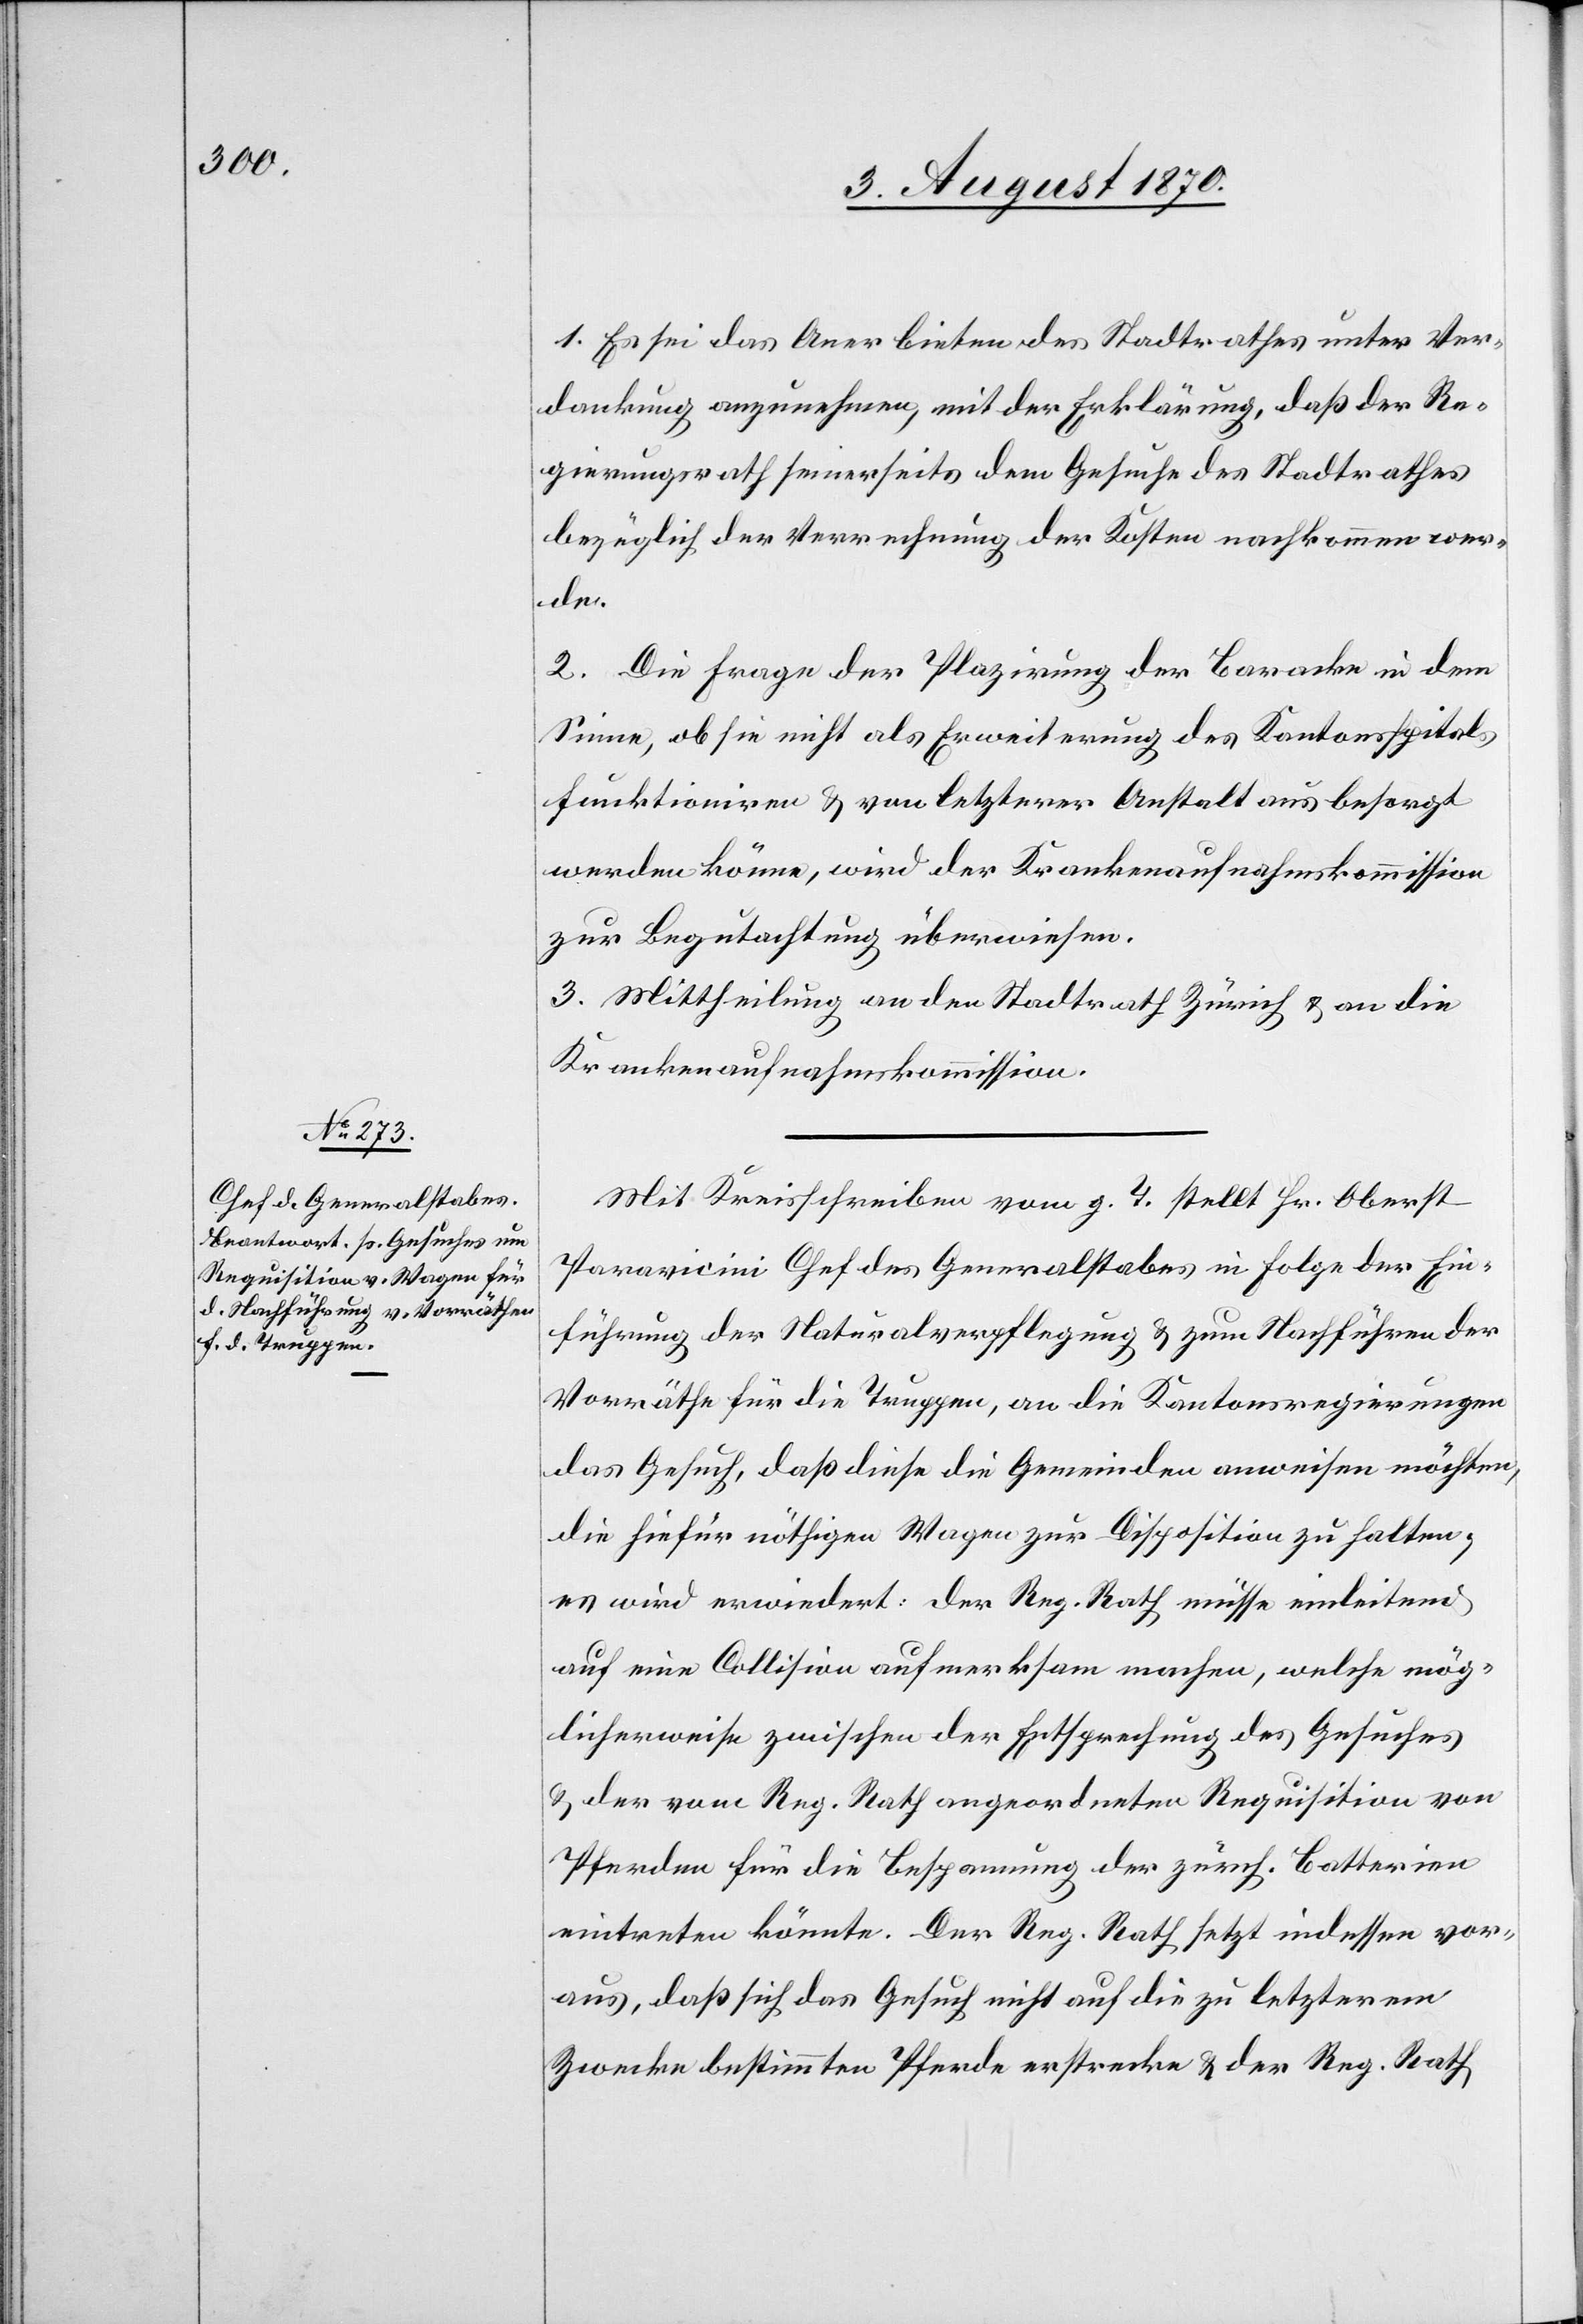
1. Es sei das Anerbieten des Stadtrathes unter Ver¬
dankung anzunehmen, mit der Erklärung, daß der Re¬
gierungsrath seinerseits dem Gesuche des Stadtrathes
bezüglich der Verrechnung der Kosten nachkommen wer¬
de.
2. Die Frage der Plazirung der Baracke in dem
Sinne, ob sie nicht als Erweiterung des Kantonsspitals
funktionieren & von letzterer Anstalt aus besorgt
werden könne, wird der Krankenaufnahmskommission
zur Begutachtung überwiesen.
3. Mittheilung an den Stadtrath Zürich & an die
Krankenaufnahmskommission.
Mit Kreisschreiben vom g. T. stellt Hr. Oberst
Paravicini Chef des Generalstabes in Folge der Ein¬
führung der Naturalverpflegung & zum Nachführen der
Vorräthe für die Truppen, an die Kantonsregierungen
das Gesuch, daß diese die Gemeinden anweisen möchten,
die hiefür nöthigen Wagen zur Disposition zu halten;
es wird erwiedert: Der Reg. Rath müsse einleitend
auf eine Collission aufmerksam machen, welche mög¬
licherweise zwischen der Entsprechung des Gesuches
& der vom Reg. Rath angeordneten Requisition von
Pferden für die Bespannung der zürch. Batterien
eintreten könnte. Der Reg. Rath setzt indessen vor¬
aus, daß sich das Gesuch nicht auf die zu letzterem
Zwecke bestimmten Pferde erstrecke & der Reg. Rath